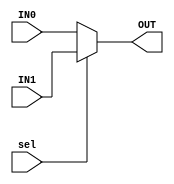
module MUX_32(IN0,IN1,sel,OUT);

input [31:0] IN0,IN1;
input sel;
output [31:0] OUT;

assign OUT=(sel)?IN1:IN0;

endmodule